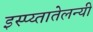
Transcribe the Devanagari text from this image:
इस्प्य्तातेलन्यी